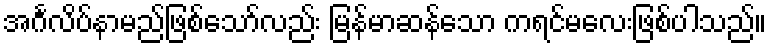
အင်္ဂလိပ်နာမည်ဖြစ်သော်လည်း မြန်မာဆန်သော ကရင်မလေးဖြစ်ပါသည်။